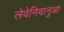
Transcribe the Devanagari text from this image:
लेवेनिवानुआ